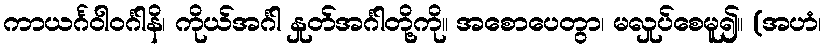
ကာယင်္ဂဝါဝင်္ဂါနိ၊ ကိုယ်အင်္ဂါ နှုတ်အင်္ဂါတို့ကို။ အစောပေတွာ၊ မလှုပ်စေမူ၍။ (အဟံ၊